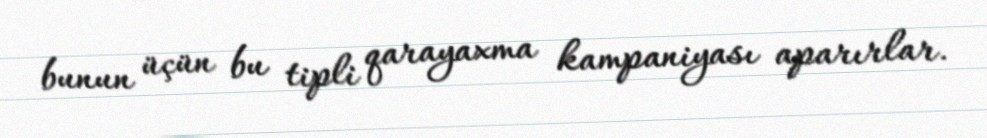
bunun üçün bu tipli qarayaxma kampaniyası aparırlar.